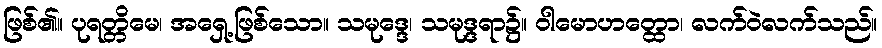
ဖြစ်၏။ ပုရတ္တိမေ၊ အရှေ့ဖြစ်သော။ သမုဒ္ဒေ၊ သမုဒ္ဒရာ၌။ ဝါမောဟတ္ထော၊ လက်ဝဲလက်သည်။